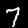
Label: 7